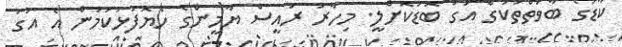
ކާޑުގެ ބާވަތްތަކުގެ އަގު ބޮޑުކޮށްލީ. މިހާރު ރައީސް ޔާމީންގެ ހެޔޮފުޅުކަމުން އެ އަގު